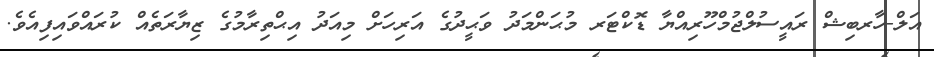
އަލް-ހާރބިޝް ރައީސުލްޖުމްހޫރިއްޔާ ޑޮކްޓަރ މުޙަންމަދު ވަޙީދުގެ އަރިހަށް މިއަދު އިޙްތިރާމުގެ ޒިޔާރަތެއް ކުރައްވައިފިއެވެ.